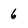
Character: 6